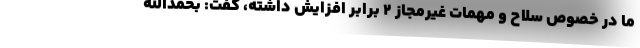
ما در خصوص سلاح و مهمات غیرمجاز ۲ برابر افزایش داشته، گفت: بحمدالله